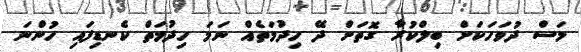
މަސް ދުވަހަކަށް ބިލްކުރާ ގޮތަށް ދޭ ހިދުމަތެއް ނަމަ ހިދުމަތް ކެނޑިފައި ހުންނަ